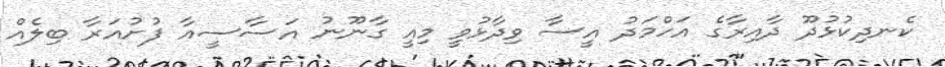
ކެނދިކުޅުދޫ ދާއިރާގެ އަހްމަދު އީސާ ވިދާޅުވީ މިއީ ގާނޫނު އަސާސީއާ ފުށުއަރާ ބިލެއް